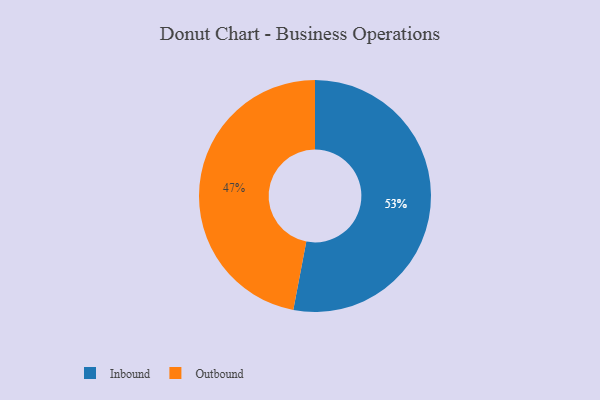
{"axis": {"x": "Category", "y": "Percentage"}, "legend": ["Inbound", "Outbound"], "data": [{"x": "Outbound", "y": 47, "type": "Outbound"}, {"x": "Inbound", "y": 53, "type": "Inbound"}]}